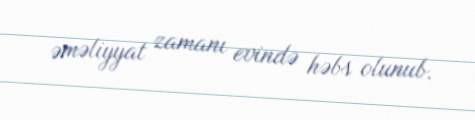
əməliyyat zamanı evində həbs olunub.